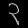
Digit: ၃